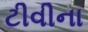
ટીવીના